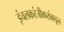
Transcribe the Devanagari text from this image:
इंचलकरंजीकरांकडून